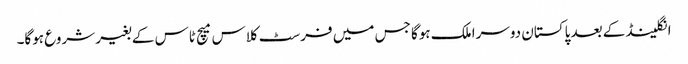
انگلینڈ کے بعد پاکستان دوسرا ملک ہوگا جس میں فرسٹ کلاس میچ ٹاس کے بغیر شروع ہوگا۔